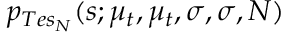
p _ { T e s _ { N } } ( s ; \mu _ { t } , \mu _ { t } , \sigma , \sigma , N )